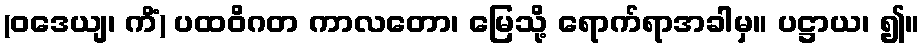
(ဝဒေယျ၊ ကိံ) ပထဝိဂတ ကာလတော၊ မြေသို့ ရောက်ရာအခါမှ။ ပဋ္ဌာယ၊ ၍။